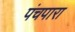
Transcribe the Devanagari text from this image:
पंचपारा